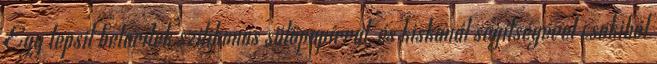
Egy tepsit beterítek szilikonos sütőpapírral, és kiskanál segítségével csokiból